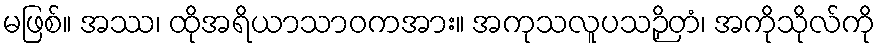
မဖြစ်။ အဿ၊ ထိုအရိယာသာဝကအား။ အကုသလူပသဉှိတံ၊ အကိုသိုလ်ကို